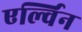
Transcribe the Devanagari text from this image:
एर्ल्विन